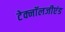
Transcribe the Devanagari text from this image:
टेक्नॉलजीएंड